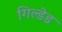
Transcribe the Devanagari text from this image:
गिल्डेड